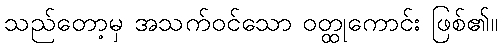
သည်တော့မှ အသက်ဝင်သော ဝတ္ထုကောင်း ဖြစ်၏။